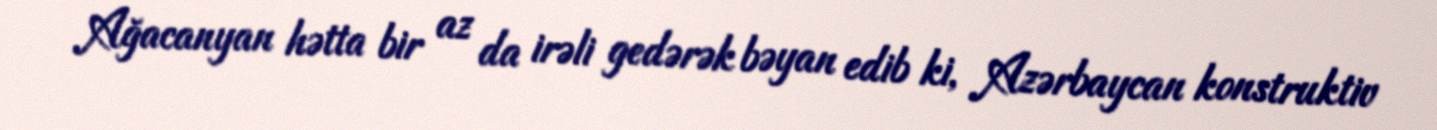
Ağacanyan hətta bir az da irəli gedərək bəyan edib ki, Azərbaycan konstruktiv